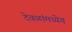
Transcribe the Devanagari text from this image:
देवळांमध्येच